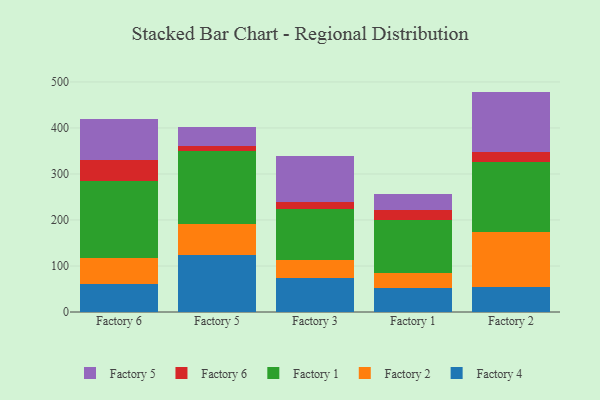
{"axis": {"x": "Factory", "y": "Gross Profit (USD K)"}, "legend": ["Factory 1", "Factory 2", "Factory 4", "Factory 5", "Factory 6"], "data": [{"x": "Factory 6", "y": 61.3, "type": "Factory 4"}, {"x": "Factory 6", "y": 56.1, "type": "Factory 2"}, {"x": "Factory 6", "y": 167.7, "type": "Factory 1"}, {"x": "Factory 6", "y": 44.3, "type": "Factory 6"}, {"x": "Factory 6", "y": 90.5, "type": "Factory 5"}, {"x": "Factory 5", "y": 123.8, "type": "Factory 4"}, {"x": "Factory 5", "y": 68.1, "type": "Factory 2"}, {"x": "Factory 5", "y": 159.0, "type": "Factory 1"}, {"x": "Factory 5", "y": 9.3, "type": "Factory 6"}, {"x": "Factory 5", "y": 41.8, "type": "Factory 5"}, {"x": "Factory 3", "y": 73.0, "type": "Factory 4"}, {"x": "Factory 3", "y": 39.9, "type": "Factory 2"}, {"x": "Factory 3", "y": 111.4, "type": "Factory 1"}, {"x": "Factory 3", "y": 14.8, "type": "Factory 6"}, {"x": "Factory 3", "y": 99.6, "type": "Factory 5"}, {"x": "Factory 1", "y": 52.3, "type": "Factory 4"}, {"x": "Factory 1", "y": 32.2, "type": "Factory 2"}, {"x": "Factory 1", "y": 116.3, "type": "Factory 1"}, {"x": "Factory 1", "y": 20.8, "type": "Factory 6"}, {"x": "Factory 1", "y": 35.6, "type": "Factory 5"}, {"x": "Factory 2", "y": 53.4, "type": "Factory 4"}, {"x": "Factory 2", "y": 120.9, "type": "Factory 2"}, {"x": "Factory 2", "y": 151.5, "type": "Factory 1"}, {"x": "Factory 2", "y": 21.9, "type": "Factory 6"}, {"x": "Factory 2", "y": 131.3, "type": "Factory 5"}]}